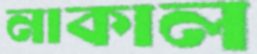
নাকাল